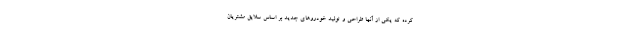
کرده که يكي از آنها طراحي و توليد خودروهاي جديد بر اساس سلايق مشتريان